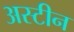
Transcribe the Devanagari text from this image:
अस्टीन